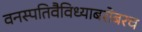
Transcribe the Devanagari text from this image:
वनस्पतिवैविध्याबरोबरच